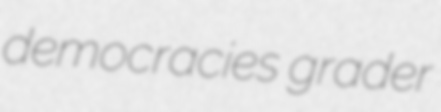
democracies grader